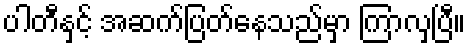
ပါတီနှင့် အဆက်ပြတ်နေသည်မှာ ကြာလှပြီ။